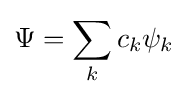
\Psi =\sum _{k}c_{k}\psi _{k}